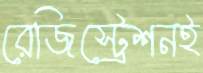
রেজিস্ট্রেশনই